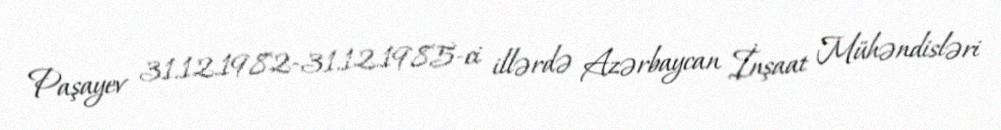
Paşayev 31.12.1982-31.12.1985-ci illərdə Azərbaycan İnşaat Mühəndisləri